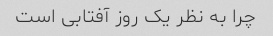
چرا به نظر یک روز آفتابی است